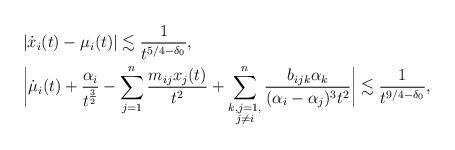
LaTeX: \begin{align*}&|\dot{x}_i(t)-\mu_i(t)|\lesssim\frac{1}{t^{5/4-\delta_0}},\\&\bigg|\dot{\mu}_i(t)+\frac{\alpha_i}{t^{\frac{3}{2}}}-\sum^n_{j=1}\frac{m_{ij}x_j(t)}{t^2}+\sum^n_{\substack{k,j=1,\\j\not=i}}\frac{b_{ijk}\alpha_k}{(\alpha_i-\alpha_j)^3t^2}\bigg|\lesssim \frac{1}{t^{9/4-\delta_0}},\end{align*}